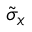
_ { \tilde { \sigma } _ { x } }